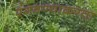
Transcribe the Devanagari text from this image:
रंगवण्याकरता